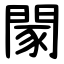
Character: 䦠